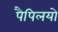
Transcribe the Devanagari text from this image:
पैपिलयो